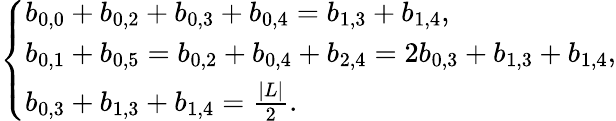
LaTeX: \left\{ \begin{array}{l}{b_{0,0}+b_{0,2}+b_{0,3}+b_{0,4}=b_{1,3}+b_{1,4},}\\ {b_{0,1}+b_{0,5}=b_{0,2}+b_{0,4}+b_{2,4}=2b_{0,3}+b_{1,3}+b_{1,4},}\\ {b_{0,3}+b_{1,3}+b_{1,4}=\frac{|L|}{2}.}\end{array}\right.